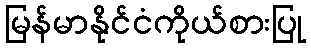
မြန်မာနိုင်ငံကိုယ်စားပြု